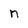
Character: n